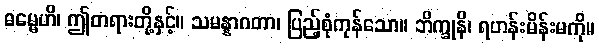
ဓမ္မေဟိ၊ ဤတရားတို့နှင့်။ သမန္နာဂတာ၊ ပြည့်စုံကုန်သော။ ဘိက္ခုနိ၊ ရဟန်းမိန်းမကို။